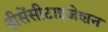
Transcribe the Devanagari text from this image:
डीसेंसीटाइजेशन